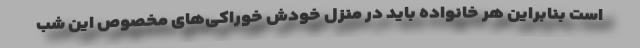
است بنابراین هر خانواده باید در منزل خودش خوراکی‌های مخصوص این شب